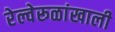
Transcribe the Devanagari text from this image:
रेल्वेरूळांखाली